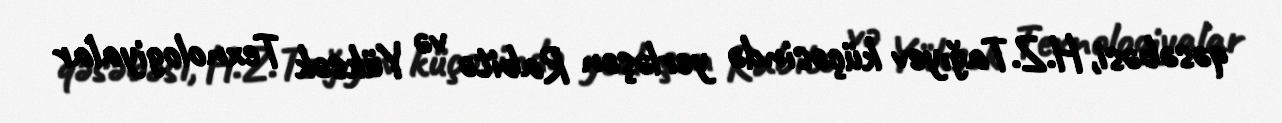
qəsəbəsi, H.Z.Tağıyev küçəsində yerləşən Rabitə və Yüksək Texnologiyalar